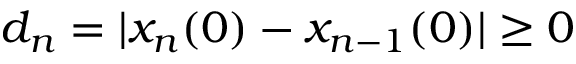
d _ { n } = | x _ { n } ( 0 ) - x _ { n - 1 } ( 0 ) | \geq 0